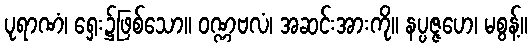
ပုရာဏံ၊ ရှေး၌ဖြစ်သော။ ဝဏ္ဏဗလံ၊ အဆင်းအားကို။ နပ္ပဇ္ဇဟေ၊ မစွန့်။